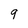
Character: 9